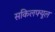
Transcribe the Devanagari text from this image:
सकिलफ्यूल